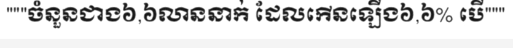
"""ចំនួនជាង៦,៦លាននាក់ ដែលកើនឡើង៦,៦% បើ"""